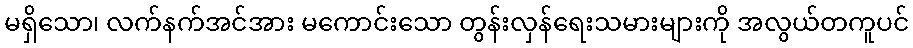
မရှိသော၊ လက်နက်အင်အား မကောင်းသော တွန်းလှန်ရေးသမားများကို အလွယ်တကူပင်